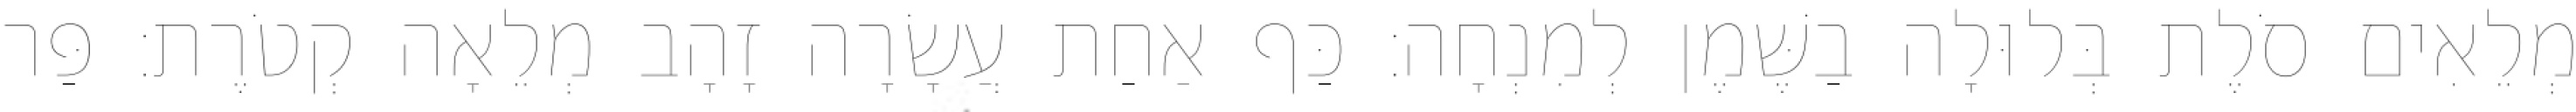
מְלֵאִים סֹלֶת בְּלוּלָה בַשֶּׁמֶן לְמִנְחָה׃ כַּף אַחַת עֲשָׂרָה זָהָב מְלֵאָה קְטֹרֶת׃ פַּר